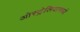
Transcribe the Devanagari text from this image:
ओस्ट्रेलियामध्ये